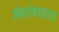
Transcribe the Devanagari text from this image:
अंधांत्राचाच